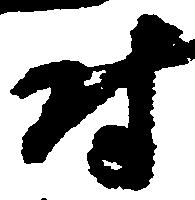
尉